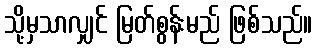
သို့မှသာလျှင် မြတ်စွန်းမည် ဖြစ်သည်။